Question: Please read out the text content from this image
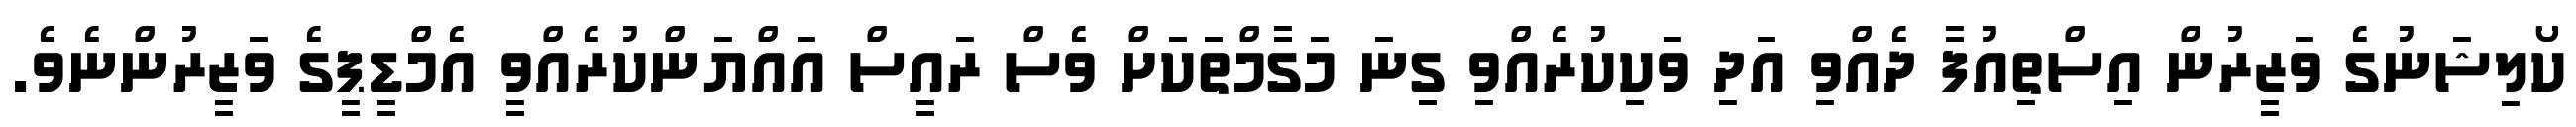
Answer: ކޯލިޝަނުގެ ވަޒީރުން އިސްތިއުފާ ދެއްވި އަދި ވަކިކުރެއްވި ގިނަ މަގާމްތަކަށް ވެސް ރައީސް އައްޔަންކުރެއްވީ އެމްޑީޕީގެ ވަޒީރުންނެވެ.